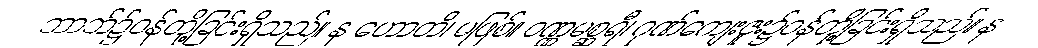
ဘာဘ်၌ဝန်တို့ခြင်းရှိသည်။ န ဟောတိ၊ မဖြစ်။ ဝဏ္ဏမစ္ဆရီ၊ ဂုဏ်ကျေးဇူး၌ဝန်တို့ခြင်းရှိသည်။ န